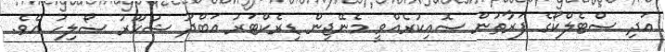
އަދި ސްޓެލްކޯގެ ފަރާތުން ސޮއިކުރެއްވީ މެނޭޖިން ޑިރެކްޓަރު އަބްދު ޝުކޫރު ސޯލިހު އެވެ.